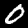
Digit: 0